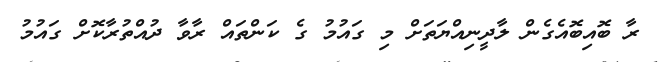
ރާ ބޮއިބޮއެގެން ލާދީނިއްޔަތަށް މި ގައުމު ގެ ކަންތައް ރާވާ ދުއްތުރާކޮށް ގައުމު